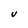
Character: V